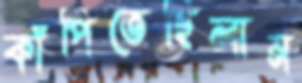
কাঁপিতেছিলাম